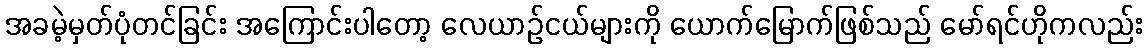
အခမဲ့မှတ်ပုံတင်ခြင်း အကြောင်းပါတော့ လေယာဉ်ငယ်များကို ယောက်မြောက်ဖြစ်သည် မော်ရင်ဟိုကလည်း